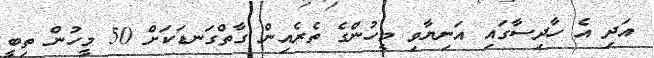
އަދި އެ ހާދިސާގައި އަނިޔާވި މީހުންގެ ތެރެއިން ގާތްގަނޑަކަށް 50 މީހުން ތިބީ